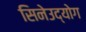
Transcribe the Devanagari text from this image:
सिनेउद्योग